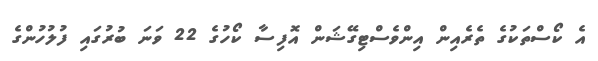
އެ ކޯސްތަކުގެ ތެރެއިން އިންވެސްޓިގޭޝަން އޮފިސާ ކޯހުގެ 22 ވަނަ ބުރުގައި ފުލުހުންގެ